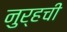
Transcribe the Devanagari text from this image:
नुर्हची